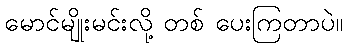
မောင်မျိုးမင်းလို့ တစ် ပေးကြတာပဲ။